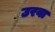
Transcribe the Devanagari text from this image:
उरवा